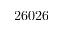
2 6 0 2 6